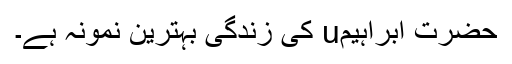
حضرت ابراہیمu کی زندگی بہترین نمونہ ہے۔